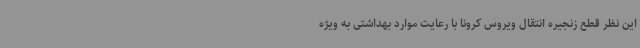
این نظر قطع زنجیره انتقال ویروس کرونا با رعایت موارد بهداشتی به ویژه